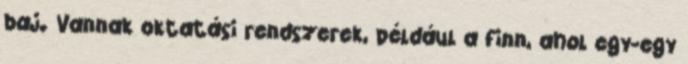
baj. Vannak oktatási rendszerek, például a finn, ahol egy-egy